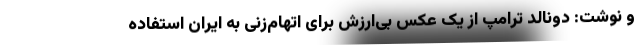
و نوشت: دونالد ترامپ از یک عکس بی‌ارزش برای اتهام‌زنی به ایران استفاده